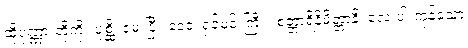
ထိုပုဏ္ဏားတို့ကို။ ပုစ္ဆိ၊ မေးပြီ။ ဒေဝ၊ ရှင်မင်းကြီး။ စတ္တာရိနိမိတ္တာနိ၊ လေးပါးကုန်သော